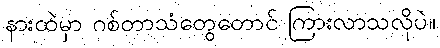
နားထဲမှာ ဂစ်တာသံတွေတောင် ကြားလာသလိုပဲ။